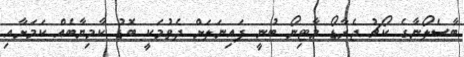
ބާސެލޯނާގެ ކޯޗު ޖެރާޑޯ މާޓިނޯ ބުނީ ފައިނަލަށް ދެވުމަކީ ބޮޑު ކާމިޔާބެއް ކަމަށާއި